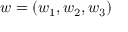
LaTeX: w = ( w _ { 1 } , w _ { 2 } , w _ { 3 } )